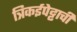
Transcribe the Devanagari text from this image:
त्रिकईपेट्टाची